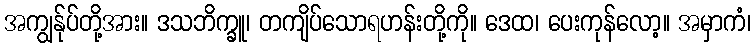
အကျွန်ုပ်တို့အား။ ဒသဘိက္ခူ၊ တကျိပ်သောရဟန်းတို့ကို။ ဒေထ၊ ပေးကုန်လော့။ အမှာကံ၊